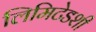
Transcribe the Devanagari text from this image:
लिमिटेडशी